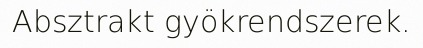
Absztrakt gyökrendszerek.